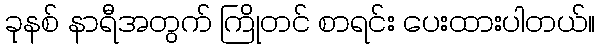
ခုနစ် နာရီအတွက် ကြိုတင် စာရင်း ပေးထားပါတယ်။